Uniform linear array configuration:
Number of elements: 4
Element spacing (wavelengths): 0.75
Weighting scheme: hann
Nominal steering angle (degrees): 15
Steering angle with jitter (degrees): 14.707
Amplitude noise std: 0.05
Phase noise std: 0.05

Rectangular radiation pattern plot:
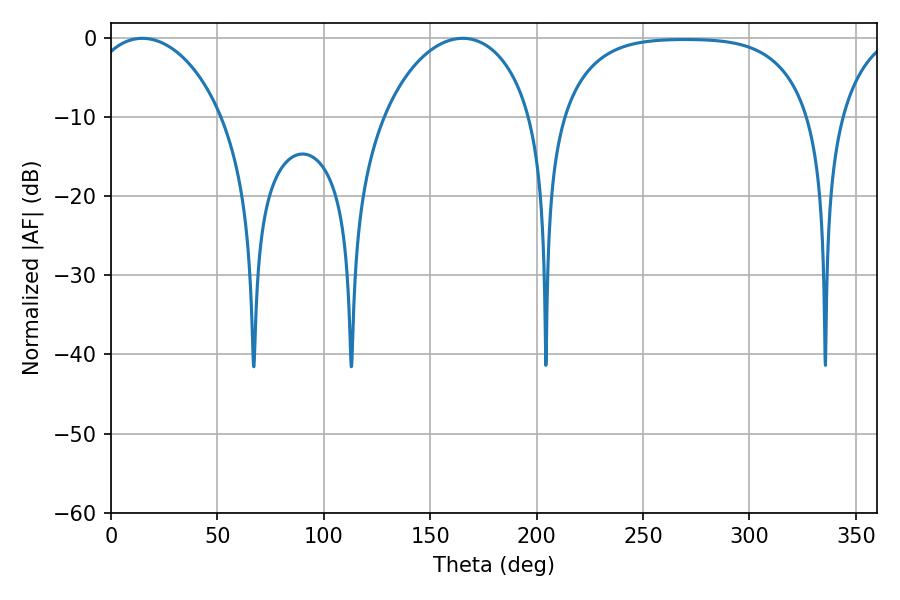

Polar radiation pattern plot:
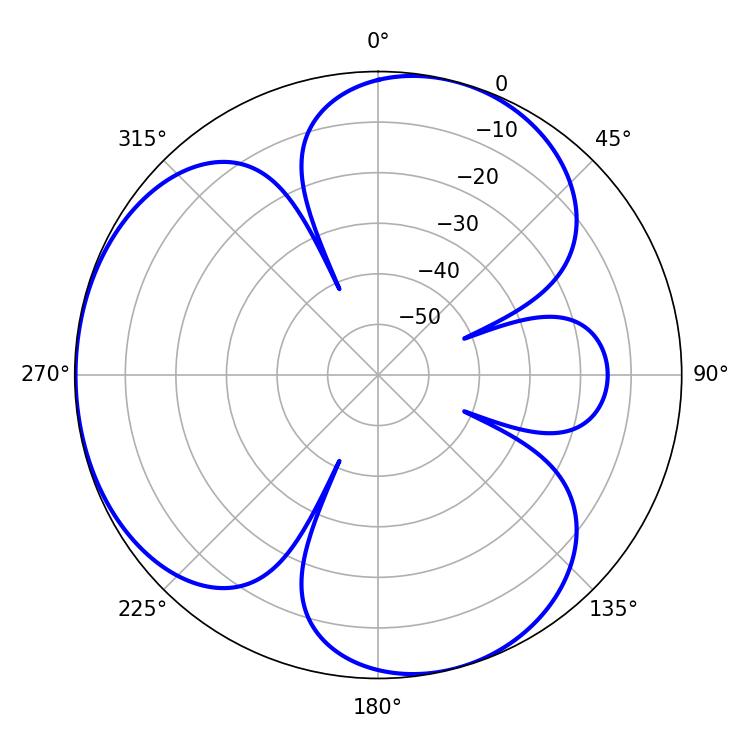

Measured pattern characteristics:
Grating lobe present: TRUE
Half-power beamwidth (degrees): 35.82
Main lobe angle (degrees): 14.76